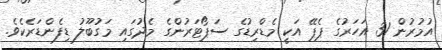
އުމުރުން 31 އަހަރުގެ ޕެޕޭ އަކީ މެޑްރިޑުގެ ސަޕޯޓަރުންގެ މެދުގައި މަގުބޫލު ޑިފެންޑަރެކެވެ.